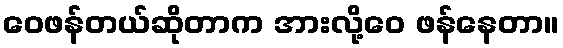
ဝေဖန်တယ်ဆိုတာက အားလို့ဝေ ဖန်နေတာ။